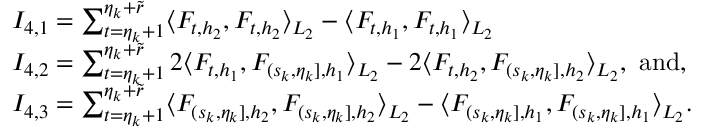
\begin{array} { r l } & { I _ { 4 , 1 } = \sum _ { t = \eta _ { k } + 1 } ^ { \eta _ { k } + \widetilde { r } } \langle F _ { t , h _ { 2 } } , F _ { t , h _ { 2 } } \rangle _ { L _ { 2 } } - \langle F _ { t , h _ { 1 } } , F _ { t , h _ { 1 } } \rangle _ { L _ { 2 } } \, } \\ & { I _ { 4 , 2 } = \sum _ { t = \eta _ { k } + 1 } ^ { \eta _ { k } + \widetilde { r } } 2 \langle F _ { t , h _ { 1 } } , F _ { ( s _ { k } , \eta _ { k } ] , { h _ { 1 } } } \rangle _ { L _ { 2 } } - 2 \langle F _ { t , h _ { 2 } } , F _ { ( s _ { k } , \eta _ { k } ] , { h _ { 2 } } } \rangle _ { L _ { 2 } } , \ \mathrm { a n d } , } \\ & { I _ { 4 , 3 } = \sum _ { t = \eta _ { k } + 1 } ^ { \eta _ { k } + \widetilde { r } } \langle F _ { ( s _ { k } , \eta _ { k } ] , { h _ { 2 } } } , F _ { ( s _ { k } , \eta _ { k } ] , { h _ { 2 } } } \rangle _ { L _ { 2 } } - \langle F _ { ( s _ { k } , \eta _ { k } ] , { h _ { 1 } } } , F _ { ( s _ { k } , \eta _ { k } ] , { h _ { 1 } } } \rangle _ { L _ { 2 } } . } \end{array}